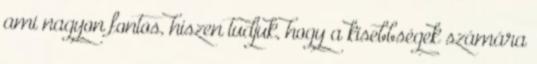
ami nagyon fontos, hiszen tudjuk, hogy a kisebbségek számára